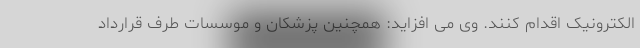
الکترونیک اقدام کنند. وی می افزاید: همچنین پزشکان و موسسات طرف قرارداد